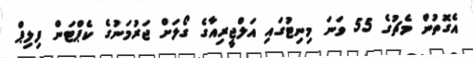
އެގޮތުން މެޗުގެ 55 ވަނަ މިނިޓުގައި އަލްޖީރިއާގެ ގޯލަށް ޖަރުމަނުގެ ކެޕްޓަން ފިލިޕް